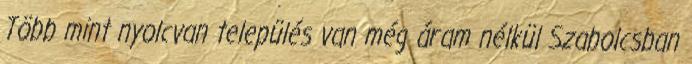
Több mint nyolcvan település van még áram nélkül Szabolcsban